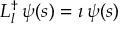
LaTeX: { \cal L } _ { l } ^ { \dag } \, \psi ( s ) = \imath \, \psi ( s )